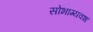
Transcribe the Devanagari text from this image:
सोभाग्यवश